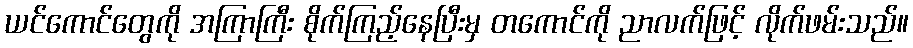
ယင်ကောင်တွေကို အကြာကြီး စိုက်ကြည့်နေပြီးမှ တကောင်ကို ညာလက်ဖြင့် လိုက်ဖမ်းသည်။